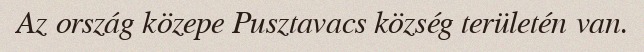
Az ország közepe Pusztavacs község területén van.